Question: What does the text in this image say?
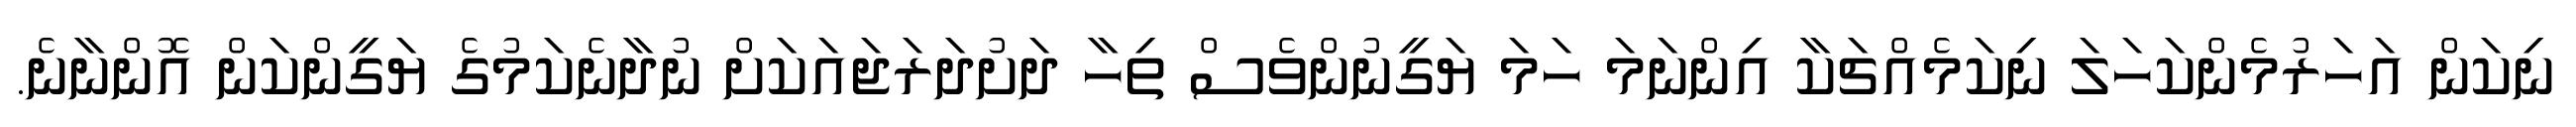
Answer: ނިކަން އަހަރުމެންކަހަލަ ނިކަމެއްޗަކާ އިންނަމަ ހަމަ ޔަގީނުންވެސް ތިހާ ދަށުދަރަޖައަކަށް ނުދާނެކަމުގެ ޔަގީންކަން އޮންނާނެ.